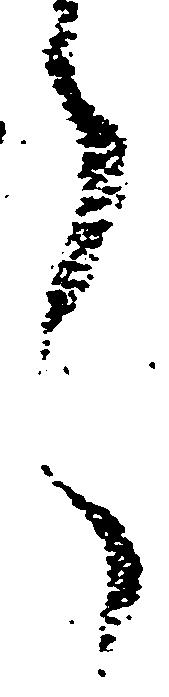
言